Medical and sanitary report on the native army of Bombay for the year
Year: 1879
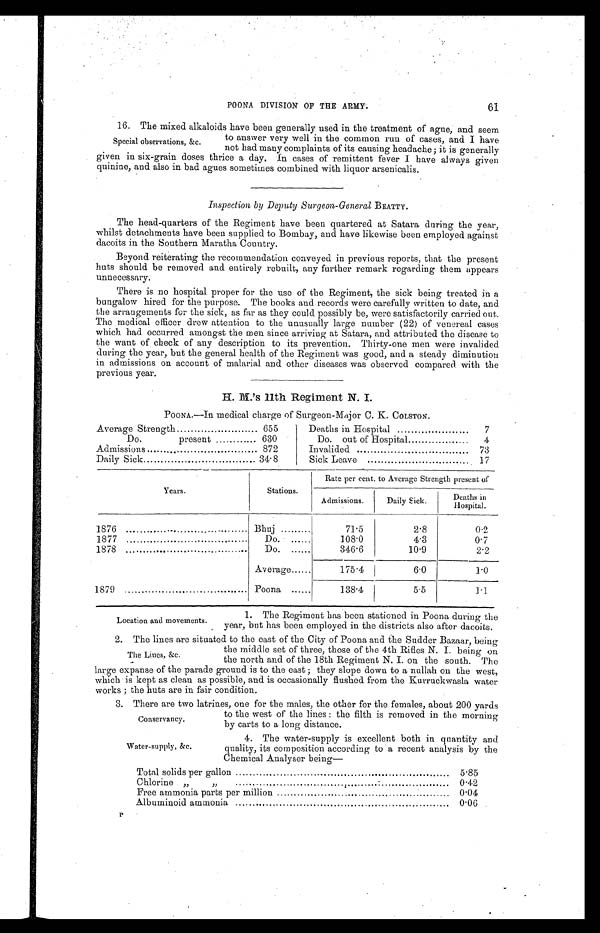
POONA DIVISION OF THE ARMY.
61
16. The mixed alkaloids have been generally used in the treatment of ague, and seem
to answer very well in the common run of cases, and I have
not had many complaints of its causing headache ; it is generally
given in six-grain doses thrice a day. In cases of remittent fever I have always given
quinine, and also in bad agues sometimes combined with liquor arsenicalis.
Inspection by Deputy Surgeon-General BEATTY.
The head-quarters of the Regiment have been quartered at Satara during the year,
whilst detachments have been supplied to Bombay, and have likewise been employed against
dacoits in the Southern Maratha Country.
Beyond reiterating the recommendation conveyed in previous reports, that the present
huts should be removed and entirely rebuilt, any further remark regarding them appears
unnecessary.
There is no hospital proper for the use of the Regiment, the sick being treated in a
bungalow hired for the purpose. The books and records were carefully written to date, and
the arrangements for the sick, as far as they could possibly be, were satisfactorily carried out.
The medical officer drew attention to the unusually large number (22) of venereal cases
which had occurred amongst the men since arriving at Satara, and attributed the disease to
the want of check of any description to its prevention. Thirty-one men were invalided
during the year, but the general health of the Regiment was good, and a steady diminution
in admissions on account of malarial and other diseases was observed compared with the
previous year.
H. M.'s 11th Regiment N. I.
POONA.—In medical charge of Surgeon-Major C. K. COLSTON.
Average Strength . . .
655
Deaths in Hospital . . .
7
Do. present . . .
630
Do. out of Hospital . . .
4
Admissions . . .
872
Invalided . . .
73
Daily Sick . . .
34.8
Sick Leave . . .
17
Years.
Stations.
Rate per cent to Average Strength present of
Admissions.
Daily Sick.
Deaths in
Hospital.
1876 . . .
Bhuj . . .
71.5
2.8
0.2
1877 . . .
Do. . . .
108.0
4.3
0.7
1878 . . .
Do. . . .
346.6
10.9
2.2
Average . . .
175.4
6.0
1.0
1879 . . .
Poona . . .
138.4
5.5
1.1
Special observations, &c.
Location and movements.
1. The Regiment has been stationed in Poona during the
year, but has been employed in the districts also after dacoits.
2 . T h e l i n e s a r e s i t u a t e d t o t h e e a s t o f t h e C i t y o f P o o n a a n d t h e S u d d e r B a z a a r , b e i n g
the middle set of three, those of the 4th Rifles N. I. being on
the north and of the 18th Regiment N. I. on the south. The
large expanse of the parade ground is to the east ; they slope down to a nullah on the west,
which is kept as clean as possible, and is occasionally flushed from the Kurruckwasla water
works ; the huts are in fair condition.
3 . T h e r e a r e t w o l a t r i n e s , o n e f o r t h e m a l e s , t h e o t h e r f o r t h e f e m a l e s , a b o u t 2 0 0 y a r d s
to the west of the lines : the filth is removed in the morning
by carts to a long distance.
The Lines, &c.
Conservancy.
Water-supply, &c.
4. The water-supply is excellent both in quantity and
quality, its composition according to a recent analysis by the
Chemical Analyser being—
Total solids per gallon . . .
5. 85
Chlorine " " . . .
0.42
Free ammonia parts per million . . .
0.04
Albuminoid ammonia . . .
0.06